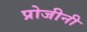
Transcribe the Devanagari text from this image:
प्रोजीनी